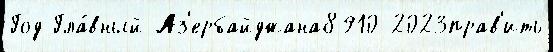
Год Гла́вный Аз'ербайджана8910 2023прав'ить